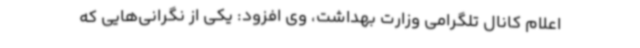
اعلام کانال تلگرامی وزارت بهداشت، وی افزود: یکی از نگرانی‌هایی که